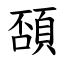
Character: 䫊